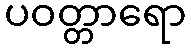
ပဝတ္တာရော